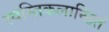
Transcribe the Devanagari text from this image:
स्वस्तिकलान्छितं